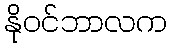
နိုဝင်ဘာလက